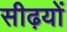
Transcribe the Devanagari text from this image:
सीढ़यों